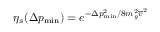
\eta _ { s } ( \Delta p _ { \mathrm { m i n } } ) = e ^ { - \Delta p _ { \mathrm { m i n } } ^ { 2 } / 8 m _ { g } ^ { 2 } \overline { { v } } ^ { 2 } }